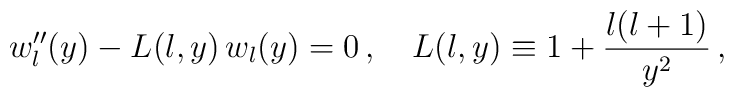
w_l^{\prime\prime}(y)-L(l, y)\,w_l(y)=0\,,\quad L(l, y)\equiv  1+\frac{l(l+1)}{y^2}\,,